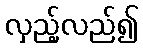
လှည့်လည်၍